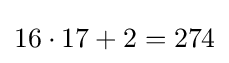
16\cdot 17+2=274